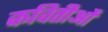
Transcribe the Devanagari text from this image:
कवितीओं